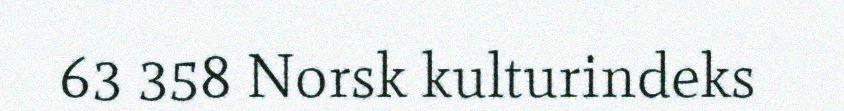
63 358 Norsk kulturindeks